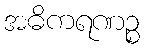
အဓိကရဏဉ္စ